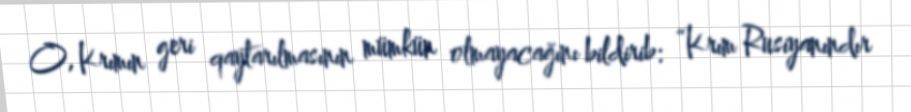
O, Krımın geri qaytarılmasının mümkün olmayacağını bildirib: “Krım Rusiyanındır